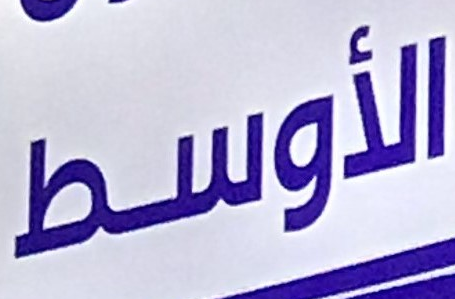
الأوسط